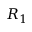
R _ { 1 }